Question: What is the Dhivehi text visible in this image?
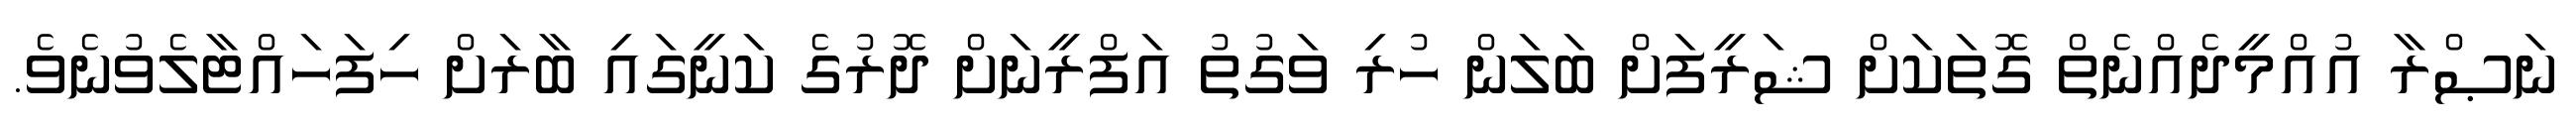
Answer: ނަޞްރާ އުއްމީދެއްނެތް ގޮތަކަށް ޝަރީފަށް ބަލަން ހުރި ވަގުތު އަފްރީނަށް ދޮރުގެ ކަނީގައި ބާރަށް ހިފަހައްޓާލެވުނެވެ.